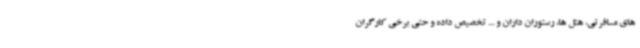
های مسافرتی، هتل ها، رستوران داران و ... تخصیص داده و حتی برخی کارگران